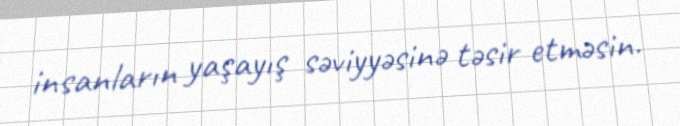
insanların yaşayış səviyyəsinə təsir etməsin.